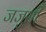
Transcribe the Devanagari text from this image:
जजुसी